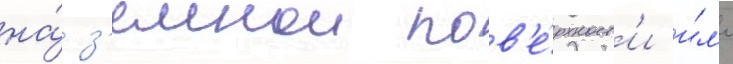
на́ з'емнои пов'е́рхност'и и́л'и